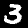
Label: 3